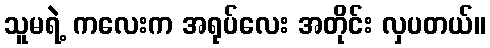
သူမရဲ့ ကလေးက အရုပ်လေး အတိုင်း လှပတယ်။